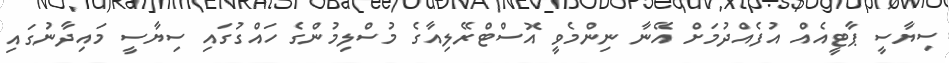
ސިޔާސީ ޕާޓީއެއް އުފެއްދުމަށް އޭނާ ނިންމެވީ އޮސްޓްރޭލިއާގެ މުސްލިމުންގެ ހައްގުގައި ސިޔާސީ މައިދާނުގައި